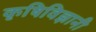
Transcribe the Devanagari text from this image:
कृषिविज्ञानी